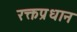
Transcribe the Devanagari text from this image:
रक्तप्रधान